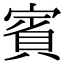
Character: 賓